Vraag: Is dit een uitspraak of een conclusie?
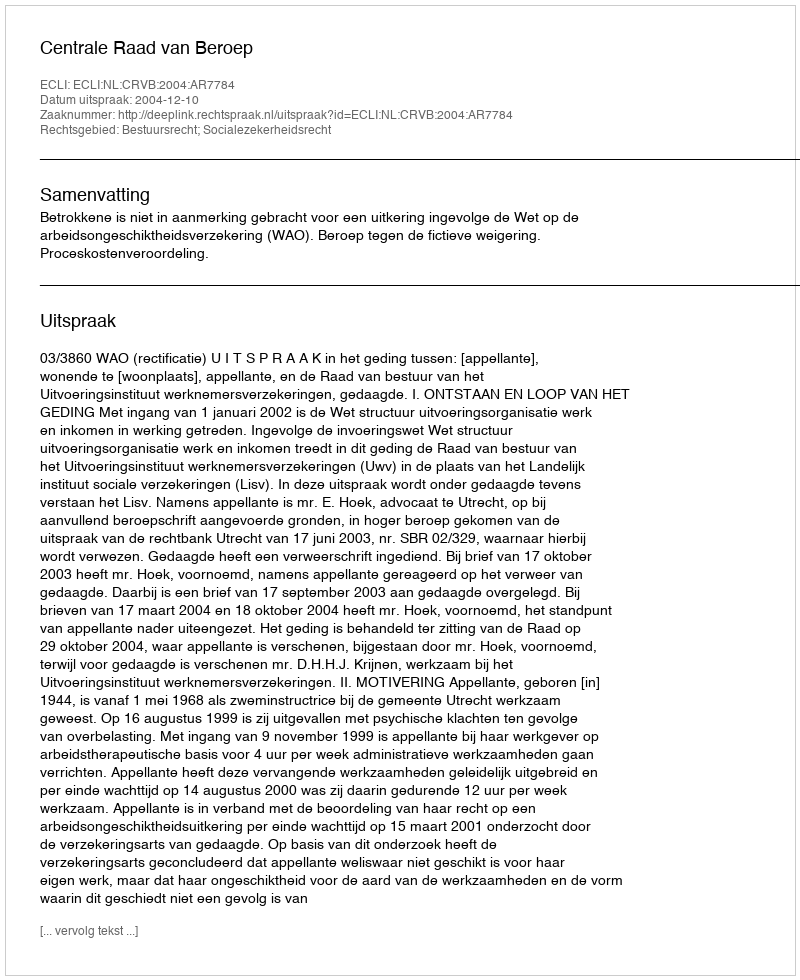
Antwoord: Uitspraak